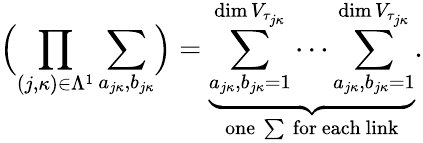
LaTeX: \Bigl(\prod_{(j,\kappa)\in\Lambda^{1}}\sum_{a_{j\kappa},b_{j\kappa}}\Bigr)=\underbrace{\sum_{a_{j\kappa},b_{j\kappa}=1}^{\dim V_{\tau_{j\kappa}}}\cdots\sum_{a_{j\kappa},b_{j\kappa}=1}^{\dim V_{\tau_{j\kappa}}}}_{\mathrm{one~\sum~for~each~link}}.